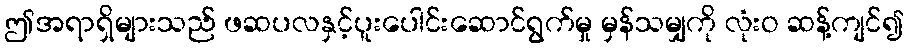
ဤအရာရှိများသည် ဖဆပလနှင့်ပူးပေါင်းဆောင်ရွက်မှု မှန်သမျှကို လုံးဝ ဆန့်ကျင်၍